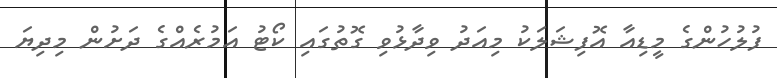
ފުލުހުންގެ މީޑިއާ އޮފިޝަލަކު މިއަދު ވިދާޅުވި ގޮތުގައި ކޯޓު އަމުރެއްގެ ދަށުން މިދިޔަ